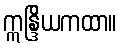
ဣန္ဒြိယကထာ။